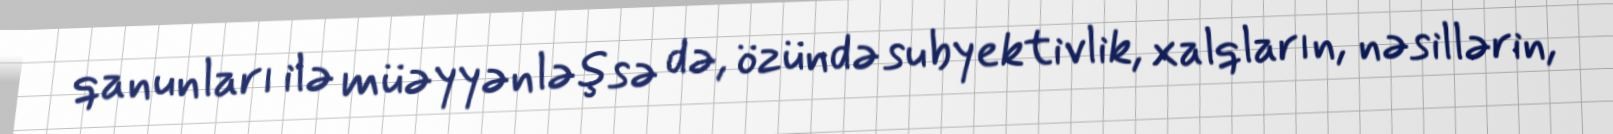
qanunları ilə müəyyənləşsə də, özündə subyektivlik, xalqların, nəsillərin,